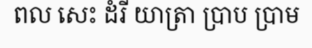
ពល សេះ ដំរី យាត្រា ប្រាប ប្រាម